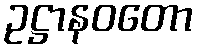
ဥဋ္ဌာနဝတော